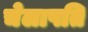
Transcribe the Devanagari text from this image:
चेलापति